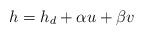
LaTeX: \begin{align*} h=h_d+\alpha u+\beta v\end{align*}